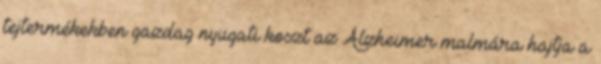
tejtermékekben gazdag nyugati koszt az Alzheimer malmára hajtja a